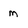
Character: m